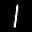
Label: 1